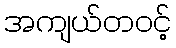
အကျယ်တဝင့်